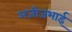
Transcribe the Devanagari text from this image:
अजीजभाई